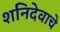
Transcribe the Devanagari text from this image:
शनिदेवाचे